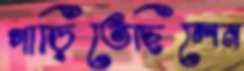
গাড়িতেছিলেন